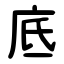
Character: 底